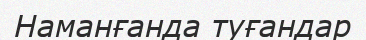
Наманғанда туғандар